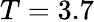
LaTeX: T=3.7